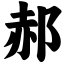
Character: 郝